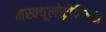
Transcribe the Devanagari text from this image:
मस्क्यूलोट्रोपिक्स